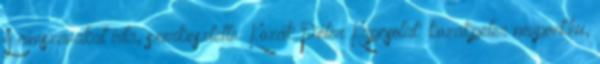
A címszavakat írta, szerkesztette: Kozák Péter Kapcsolat: kozakpeter nevpont.hu,